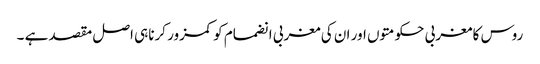
روس کا مغربی حکومتوں اور ان کی مغربی انضمام کو کمزور کرناہی اصل مقصد ہے ۔